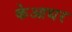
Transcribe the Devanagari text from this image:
केआधर